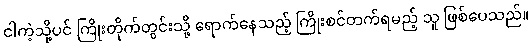
ငါကဲ့သို့ပင် ကြိုးတိုက်တွင်းသို့ ရောက်နေသည့် ကြိုးစင်တက်ရမည့် သူ ဖြစ်ပေသည်။